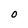
Character: O